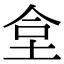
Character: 𡋛